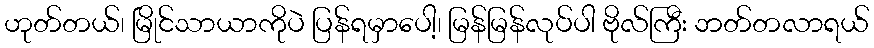
ဟုတ်တယ်၊ မြိုင်သာယာကိုပဲ ပြန်ရမှာပေါ့၊ မြန်မြန်လုပ်ပါ ဗိုလ်ကြီး ဘတ်တလာရယ်